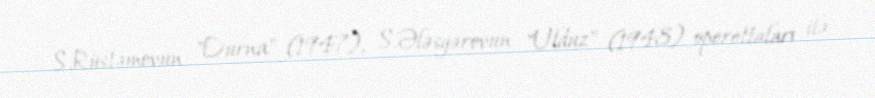
S.Rüstəmovun "Durna" (1947), S.Ələsgərovun "Ulduz" (1948) operettaları ilə